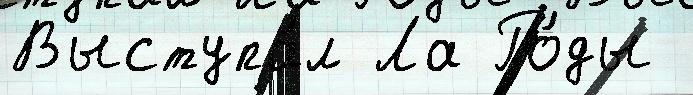
Выступа́л Ла Го́ды